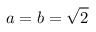
a = b = { \sqrt { 2 } }